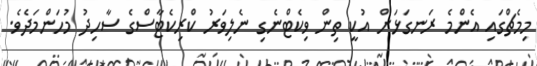
މިމެޗްގައި އެންމެ ރަނގަޅަށް އުކީ ތިން ވިކެޓްނެގި ނެލިވަރު ކްރިކެޓާސްގެ ސާހިދު މުހަންމަދެވެ.